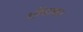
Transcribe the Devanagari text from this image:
आैंधाकर